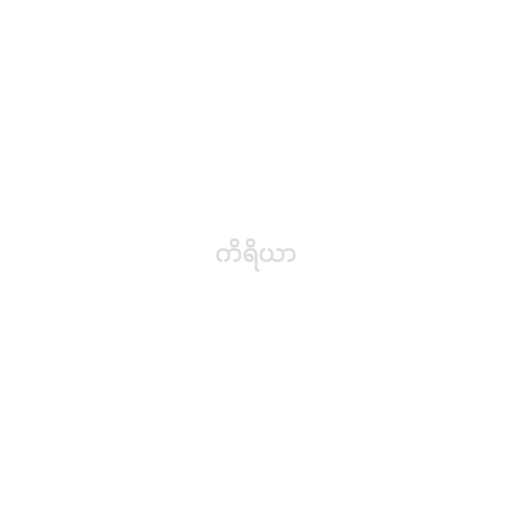
ကိရိယာ